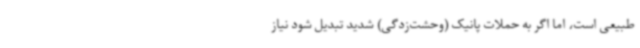
طبیعی است، اما اگر به حملات پانیک (وحشت‌زدگی) شدید تبدیل شود نیاز